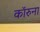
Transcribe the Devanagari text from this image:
कॉरुना